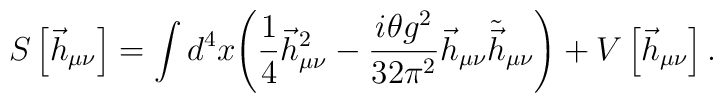
S\left[\vec h_{\mu\nu}\right]=\int d^4x\Biggl(\frac{1}{4}\vec h_{\mu\nu}^2-\frac{i\theta g^2}{32\pi^2}\vec h_{\mu\nu}\tilde{\vec h}_{\mu\nu}\Biggr)+V\left[\vec h_{\mu\nu}\right].